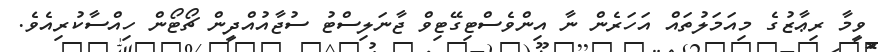
ވީމާ ރިޢާޒުގެ މިއަމަލުތައް އަހަރެން ނާ އިންވެސްޓިގޭޓިވް ޖާނަލިސްޓު ސުޖާއުއްދީން ޗޯޓޯން ހިއްސާކުރިއެވެ.